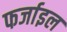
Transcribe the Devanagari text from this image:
फर्जाइल